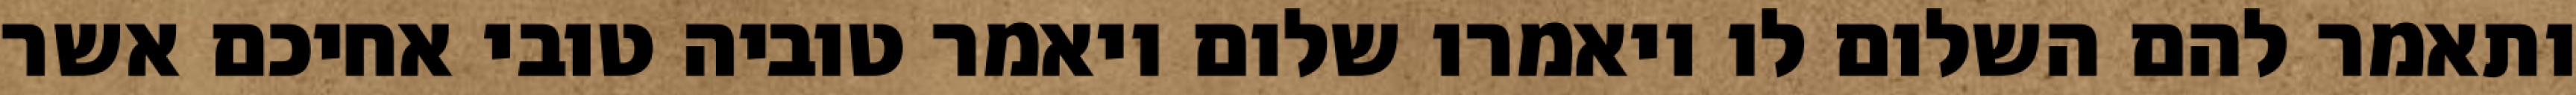
ותאמר להם השלום לו ויאמרו שלום ויאמר טוביה טובי אחיכם אשר